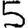
Digit: 5